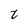
Character: z